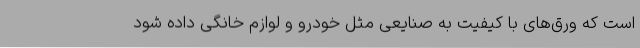
است که ورق‌های با کیفیت به صنایعی مثل خودرو و لوازم خانگی داده شود